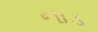
નાડ